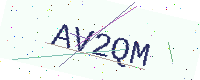
Text: AV2QM